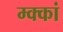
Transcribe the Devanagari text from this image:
म्क्कां